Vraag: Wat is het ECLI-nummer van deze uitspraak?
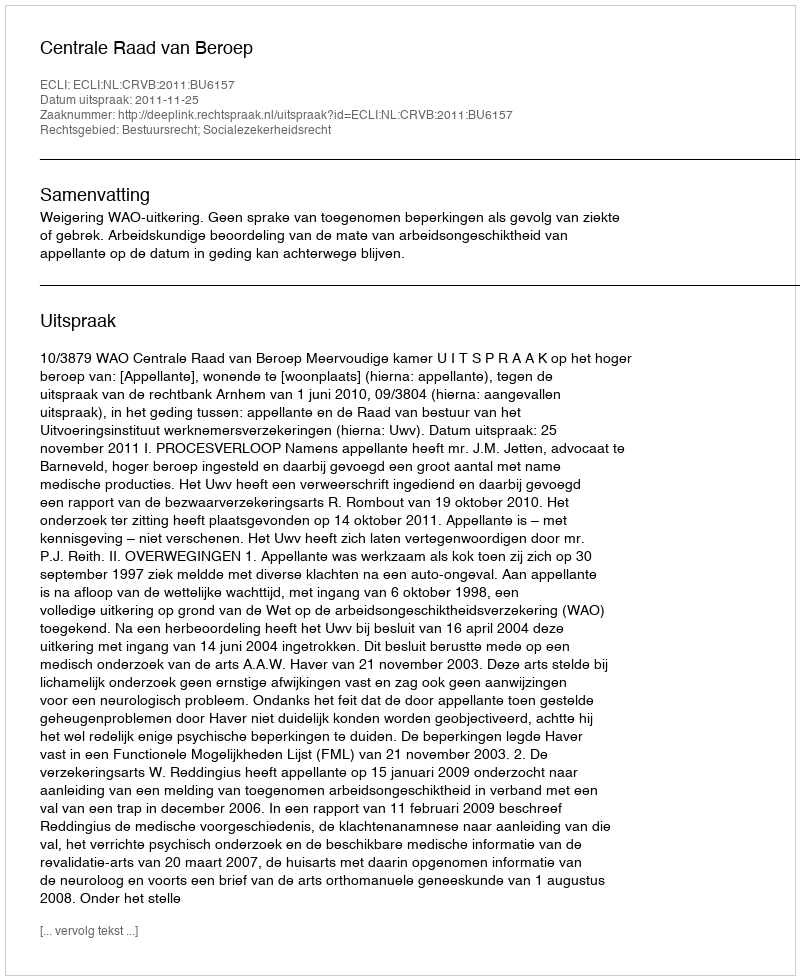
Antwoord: ECLI:NL:CRVB:2011:BU6157